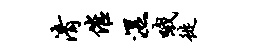
清催湿哦徙